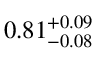
0 . 8 1 _ { - 0 . 0 8 } ^ { + 0 . 0 9 }